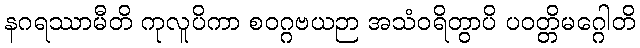
နဂရဿာမီတိ ကုလူပိကာ စဝဂ္ဂဗယဉာ အသံဝရိတွာပိ ပဝတ္တိမဂ္ဂေါတိ